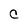
Character: C